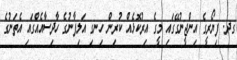
ގދ. ފިޔޯރީގެ އިންޖީނުގޭގައި މީގެ އިރުކޮޅެއް ކުރިން ހިނގި އަލިފާނުގެ ހާދިސާއެއްގައި އެތަނުގެ